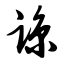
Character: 谅